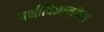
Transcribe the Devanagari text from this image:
पक्षीविज्ञानवेत्ता